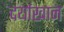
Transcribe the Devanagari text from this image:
दर्याखान